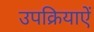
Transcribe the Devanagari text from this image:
उपक्रियाऐं